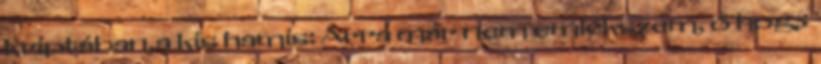
kriptában,a kis hamis: Arra már nem emlékszem, ő hogy